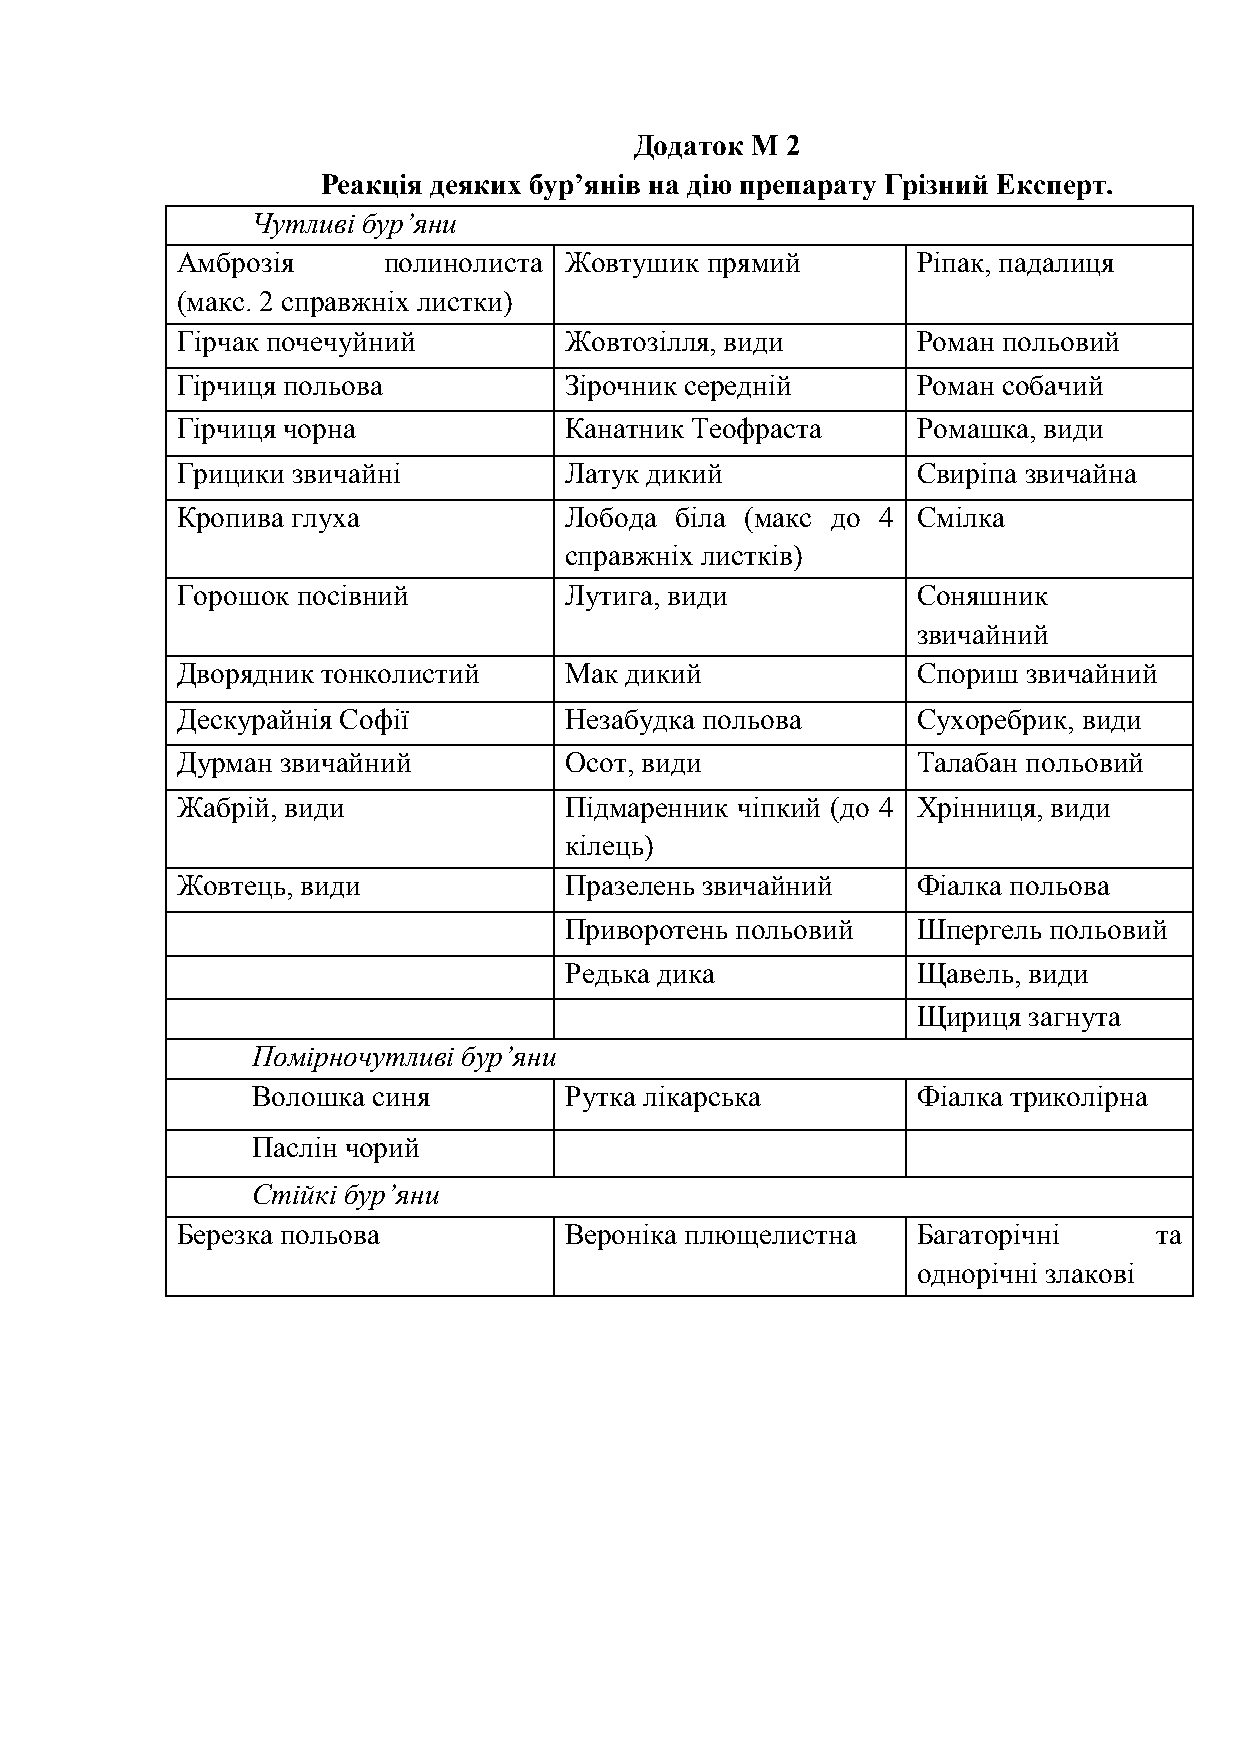
Додаток М 2
 Реакція деяких бур’янів на дію препарату Грізний Експерт.
 Чутливі бур’яни
 Амброзія     полинолиста Жовтушик  прямий        Ріпак, падалиця
 (макс. 2 справжніх листки)
 Гірчак почечуйний        Жовтозілля, види        Роман польовий
 Гірчиця польова          Зірочник середній       Роман собачий
 Гірчиця чорна            Канатник Теофраста      Ромашка, види
 Грицики звичайні         Латук дикий             Свиріпа звичайна
 Кропива глуха            Лобода  біла (макс до 4 Смілка
 справжніх листків)
 Горошок посівний         Лутига, види            Соняшник
 звичайний
 Дворядник тонколистий    Мак дикий               Спориш звичайний
 Дескурайнія Софії        Незабудка польова       Сухоребрик, види
 Дурман звичайний         Осот, види              Талабан польовий
 Жабрій, види             Підмаренник чіпкий (до 4 Хрінниця, види
 кілець)
 Жовтець, види            Празелень звичайний     Фіалка польова
 Приворотень польовий    Шпергель польовий
 Редька дика             Щавель, види
 Щириця загнута
 Помірночутливі бур’яни
 Волошка синя        Рутка лікарська         Фіалка триколірна
 Паслін чорий
 Стійкі бур’яни
 Березка польова          Вероніка плющелистна    Багаторічні     та
 однорічні злакові